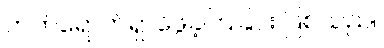
တက်ရောက်ရှာဖွေခဲ့ကြခြင်း ဖြစ်သည်။